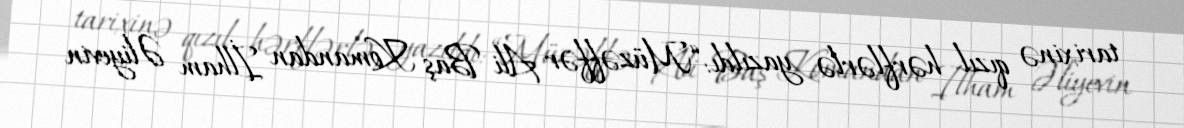
tarixinə qızıl hərflərlə yazıldı: “Müzəffər Ali Baş Komandan İlham Əliyevin